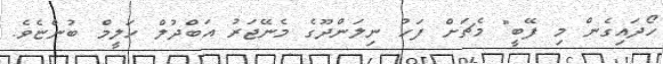
ހޯދައިގެން މި ފޭބީ" މެޗަށް ފަހު ނިލަންދޫގެ މެނޭޖަރު އަބްދުލް ހަލީމް ބުންޏެވެ.